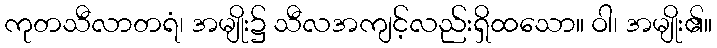
ကုတသီလာတရံ၊ အမျိုး၌ သီလအကျင့်လည်းရှိထသော။ ဝါ၊ အမျိုး၏။